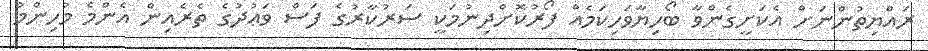
ރައްޔިތުންނަށް އެކަށީގެންވާ ބޯހިޔާވަހިކަމެއް ފޯރުކޮށްދިނުމަކީ ސަރުކާރުގެ ފަސް ވަޢުދުގެ ތެރެއިން އެންމެ މުހިންމު